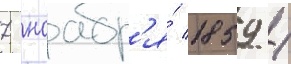
7 ноабр'я́ 1859 /